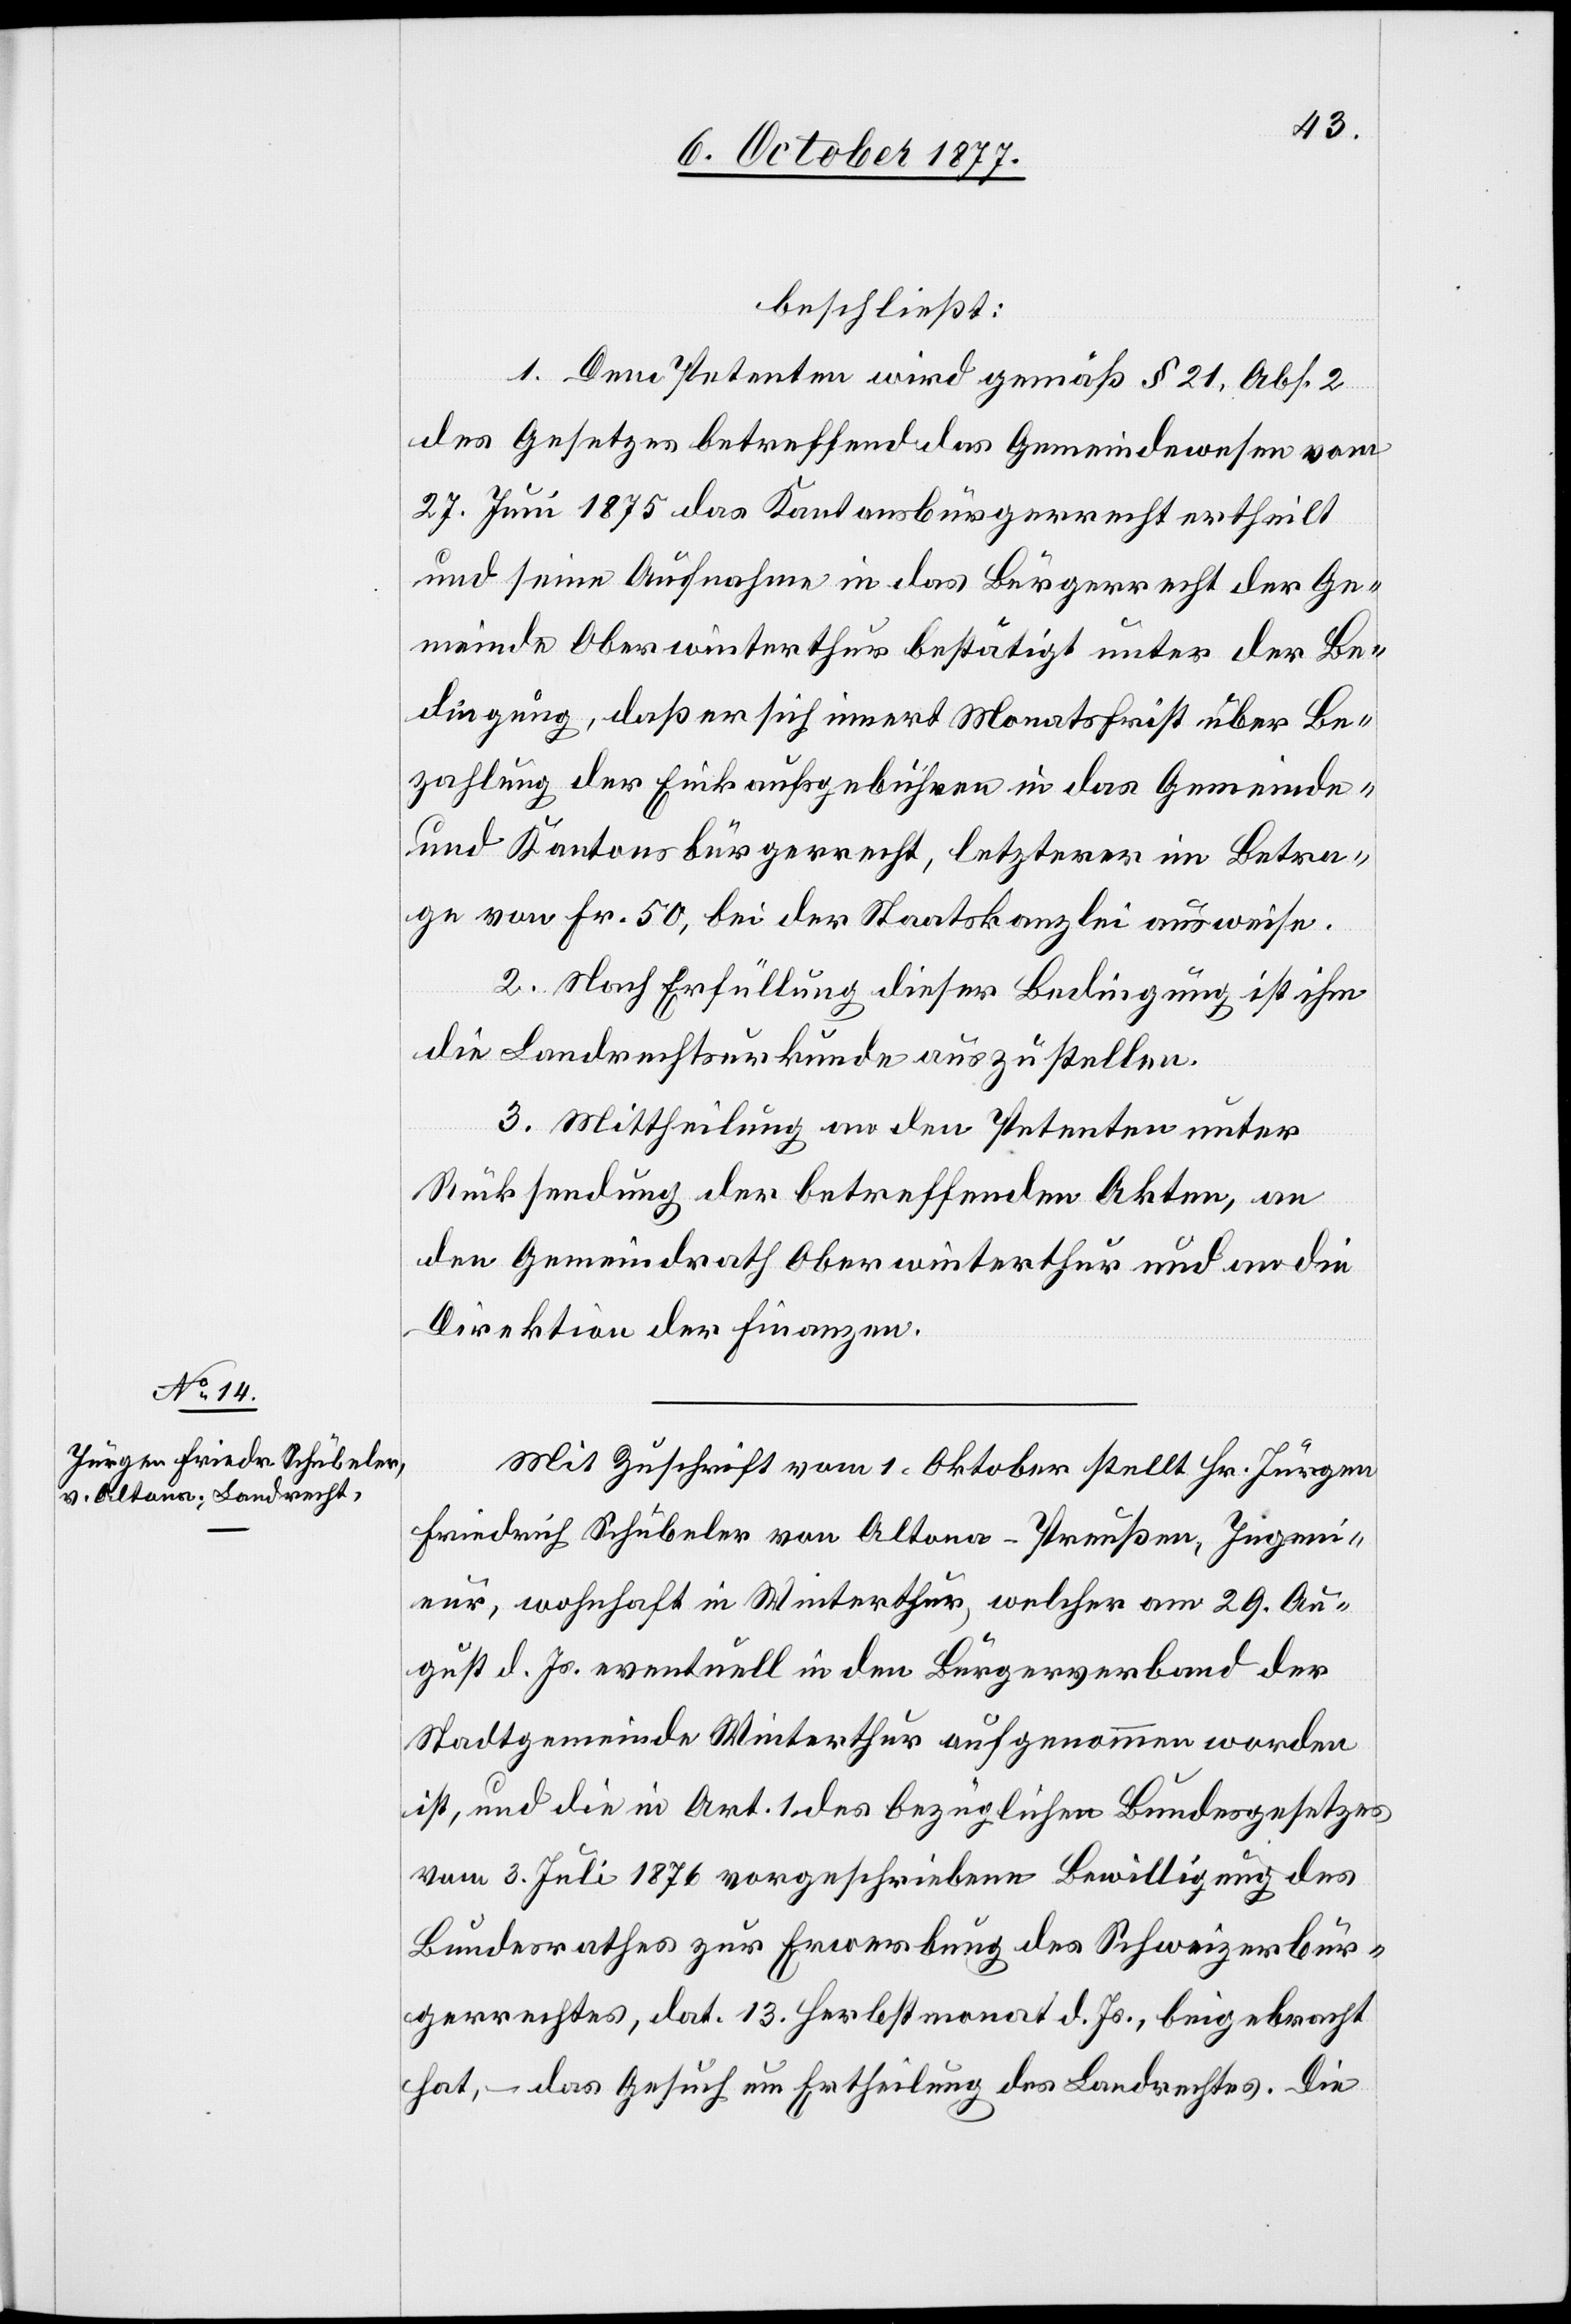
beschließt:
1. Dem Petenten wird gemäß § 21, Abs. 2
des Gesetzes betreffend das Gemeindewesen vom
27. Juni 1875 das Kantonsbürgerrecht ertheilt
und seine Aufnahme in das Bürgerrecht der Ge¬
meinde Oberwinterthur bestätigt unter der Be¬
dingung, daß er sich innert Monatsfrist über Be¬
zahlung der Einkaufsgebühren in das Gemeinde-
und Kantonsbürgerrecht, letzterer im Betra¬
ge von Fr. 50, bei der Staatskanzlei ausweise.
2. Nach Erfüllung dieser Bedingung ist ihm
die Landrechtsurkunde auszustellen.
3. Mittheilung an den Petenten unter
Rücksendung der betreffenden Akten, an
den Gemeindrath Oberwinterthur und an die
Direktion der Finanzen.
Mit Zuschrift vom 1. Oktober stellt Hr. Jürgen
Friedrich Schübeler von Altona - Preußen, Ingeni¬
eur, wohnhaft in Winterthur, welcher am 29. Au¬
gust d. Js. eventuell in den Bürgerverband der
Stadtgemeinde Winterthur aufgenommen worden
ist, und die in Art. 1 des bezüglichen Bundesgesetzes
vom 3. Juli 1876 vorgeschriebene Bewilligung des
Bundesrathes zur Erwerbung des Schweizerbür¬
gerrechtes, dat. 13. Herbstmonat d. Js., beigebracht
hat, – das Gesuch um Ertheilung des Landrechtes. Die